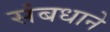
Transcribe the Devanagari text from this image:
संबधाने